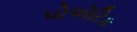
પોએટિક